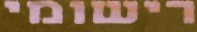
רישומי